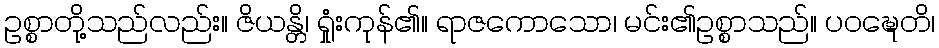
ဥစ္စာတို့သည်လည်း။ ဇိယန္တိ၊ ရှုံးကုန်၏။ ရာဇကောသော၊ မင်း၏ဥစ္စာသည်။ ပဝဍ္ဎေတိ၊